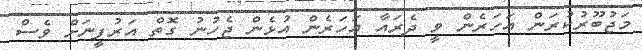
މަޖުބޫރުކުރަން އަހަރެން ވީ ދެރައާ އަހަރެން އުޅެން ޖެހުނު ގޮތް އަރުފީނަށް ވެސް